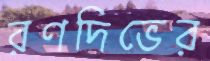
রণদিভের